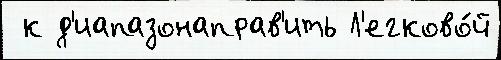
 к д'иапазонаправ'ить Л'егково́й